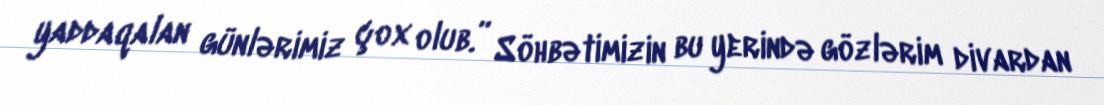
yaddaqalan günlərimiz çox olub.” Söhbətimizin bu yerində gözlərim divardan